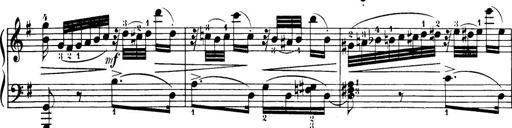
Title: 32 Sonatinas and Rondos for the Piano
Composer: Richard Kleinmichel